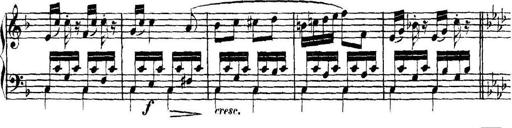
Title: Collected Piano Sonatas
Composer: Muzio Clementi